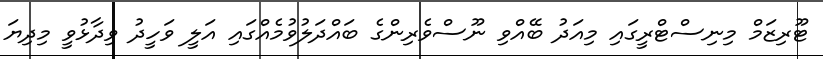
ޓޫރިޒަމް މިނިސްޓްރީގައި މިއަދު ބޭއްވި ނޫސްވެރިންގެ ބައްދަލުވުމެއްގައި އަލީ ވަހީދު ވިދާޅުވީ މިދިޔަ